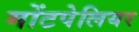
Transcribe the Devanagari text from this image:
मोंटपेलियर